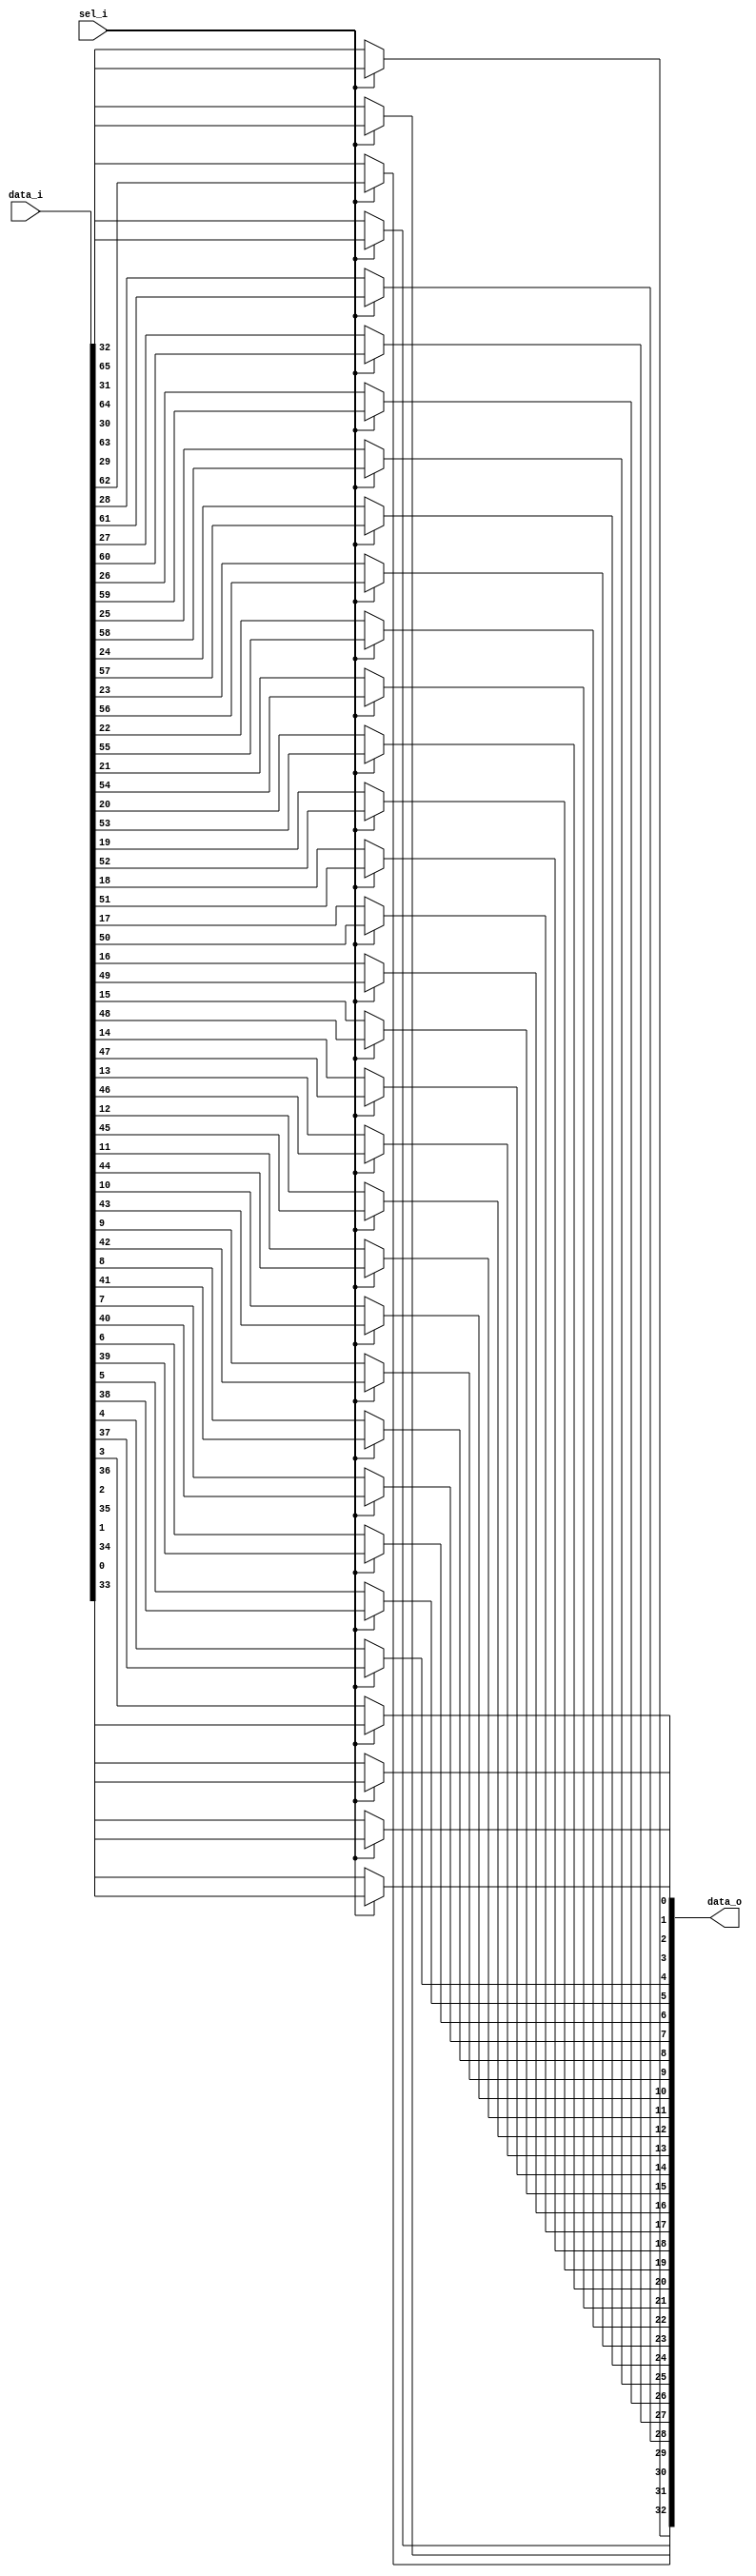
module bsg_mux_width_p33_els_p2
(
  data_i,
  sel_i,
  data_o
);

  input [65:0] data_i;
  input [0:0] sel_i;
  output [32:0] data_o;
  wire [32:0] data_o;
  wire N0,N1;
  assign data_o[32] = (N1)? data_i[32] : 
                      (N0)? data_i[65] : 1'b0;
  assign N0 = sel_i[0];
  assign data_o[31] = (N1)? data_i[31] : 
                      (N0)? data_i[64] : 1'b0;
  assign data_o[30] = (N1)? data_i[30] : 
                      (N0)? data_i[63] : 1'b0;
  assign data_o[29] = (N1)? data_i[29] : 
                      (N0)? data_i[62] : 1'b0;
  assign data_o[28] = (N1)? data_i[28] : 
                      (N0)? data_i[61] : 1'b0;
  assign data_o[27] = (N1)? data_i[27] : 
                      (N0)? data_i[60] : 1'b0;
  assign data_o[26] = (N1)? data_i[26] : 
                      (N0)? data_i[59] : 1'b0;
  assign data_o[25] = (N1)? data_i[25] : 
                      (N0)? data_i[58] : 1'b0;
  assign data_o[24] = (N1)? data_i[24] : 
                      (N0)? data_i[57] : 1'b0;
  assign data_o[23] = (N1)? data_i[23] : 
                      (N0)? data_i[56] : 1'b0;
  assign data_o[22] = (N1)? data_i[22] : 
                      (N0)? data_i[55] : 1'b0;
  assign data_o[21] = (N1)? data_i[21] : 
                      (N0)? data_i[54] : 1'b0;
  assign data_o[20] = (N1)? data_i[20] : 
                      (N0)? data_i[53] : 1'b0;
  assign data_o[19] = (N1)? data_i[19] : 
                      (N0)? data_i[52] : 1'b0;
  assign data_o[18] = (N1)? data_i[18] : 
                      (N0)? data_i[51] : 1'b0;
  assign data_o[17] = (N1)? data_i[17] : 
                      (N0)? data_i[50] : 1'b0;
  assign data_o[16] = (N1)? data_i[16] : 
                      (N0)? data_i[49] : 1'b0;
  assign data_o[15] = (N1)? data_i[15] : 
                      (N0)? data_i[48] : 1'b0;
  assign data_o[14] = (N1)? data_i[14] : 
                      (N0)? data_i[47] : 1'b0;
  assign data_o[13] = (N1)? data_i[13] : 
                      (N0)? data_i[46] : 1'b0;
  assign data_o[12] = (N1)? data_i[12] : 
                      (N0)? data_i[45] : 1'b0;
  assign data_o[11] = (N1)? data_i[11] : 
                      (N0)? data_i[44] : 1'b0;
  assign data_o[10] = (N1)? data_i[10] : 
                      (N0)? data_i[43] : 1'b0;
  assign data_o[9] = (N1)? data_i[9] : 
                     (N0)? data_i[42] : 1'b0;
  assign data_o[8] = (N1)? data_i[8] : 
                     (N0)? data_i[41] : 1'b0;
  assign data_o[7] = (N1)? data_i[7] : 
                     (N0)? data_i[40] : 1'b0;
  assign data_o[6] = (N1)? data_i[6] : 
                     (N0)? data_i[39] : 1'b0;
  assign data_o[5] = (N1)? data_i[5] : 
                     (N0)? data_i[38] : 1'b0;
  assign data_o[4] = (N1)? data_i[4] : 
                     (N0)? data_i[37] : 1'b0;
  assign data_o[3] = (N1)? data_i[3] : 
                     (N0)? data_i[36] : 1'b0;
  assign data_o[2] = (N1)? data_i[2] : 
                     (N0)? data_i[35] : 1'b0;
  assign data_o[1] = (N1)? data_i[1] : 
                     (N0)? data_i[34] : 1'b0;
  assign data_o[0] = (N1)? data_i[0] : 
                     (N0)? data_i[33] : 1'b0;
  assign N1 = ~sel_i[0];

endmodule